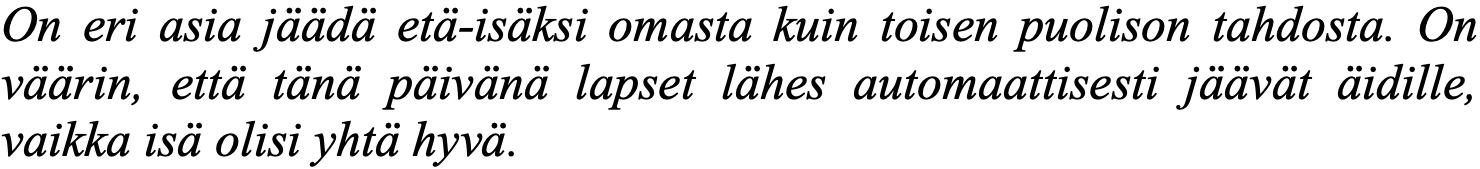
On eri asia jäädä etä-isäksi omasta kuin toisen puolison tahdosta. On väärin, että tänä päivänä lapset lähes automaattisesti jäävät äidille, vaikka isä olisi yhtä hyvä.